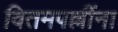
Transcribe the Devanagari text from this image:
वितमपल्लींना